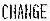
CHANGE